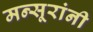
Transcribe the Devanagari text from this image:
मन्सूरांनी